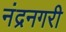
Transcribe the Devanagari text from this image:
नंद्रनगरी